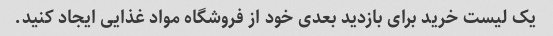
یک لیست خرید برای بازدید بعدی خود از فروشگاه مواد غذایی ایجاد کنید.